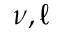
\nu , \ell